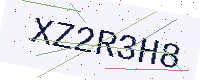
Text: XZ2R3H8